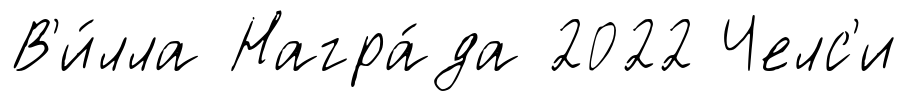
В'и́лла Награ́да 2022 Челс'и